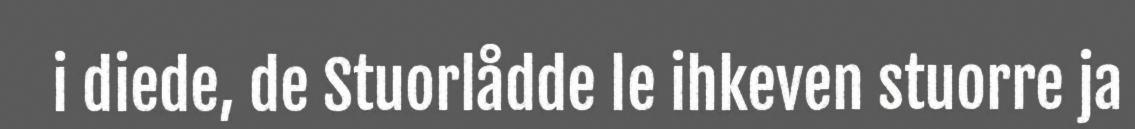
i diede, de Stuorlådde le ihkeven stuorre ja